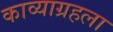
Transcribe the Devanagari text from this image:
काव्याग्रहला